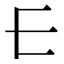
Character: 𰀂